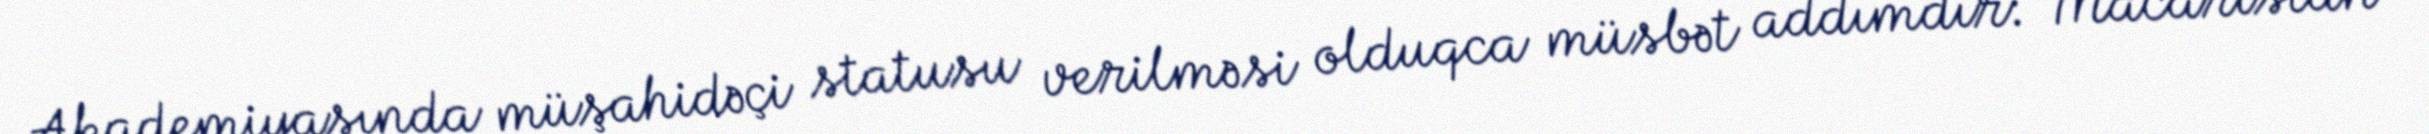
Akademiyasında müşahidəçi statusu verilməsi olduqca müsbət addımdır: “Macarıstan